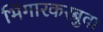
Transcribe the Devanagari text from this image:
भिंगारकरबुवा